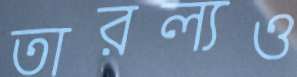
তারল্যও